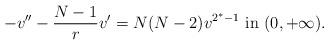
LaTeX: \begin{align*}-v''-\frac{N-1}{r}v'=N(N-2)v^{2^*-1}\hbox{ in }(0,+\infty).\end{align*}